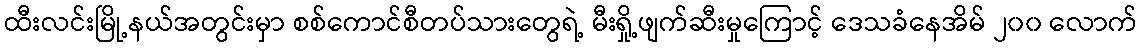
ထီးလင်းမြို့နယ်အတွင်းမှာ စစ်ကောင်စီတပ်သားတွေရဲ့ မီးရှို့ဖျက်ဆီးမှုကြောင့် ဒေသခံနေအိမ် ၂၀၀ လောက်